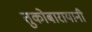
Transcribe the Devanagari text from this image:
तुकोबारायानी